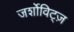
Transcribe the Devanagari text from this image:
जर्शोविट्ज़